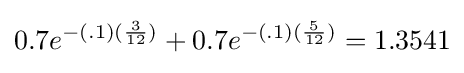
{\begin{aligned}0.7e^{-(.1)({\frac {3}{12}})}+0.7e^{-(.1)({\frac {5}{12}})}=1.3541\end{aligned}}